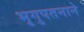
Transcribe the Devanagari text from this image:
भृगुपतनाने